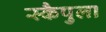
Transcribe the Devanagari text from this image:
स्कैपुला